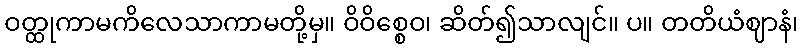
ဝတ္ထုကာမကိလေသာကာမတို့မှ။ ဝိဝိစ္စေဝ၊ ဆိတ်၍သာလျင်။ ပ။ တတိယံဈာနံ၊